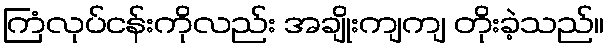
ကြံလုပ်ငန်းကိုလည်း အချိုးကျကျ တိုးခဲ့သည်။